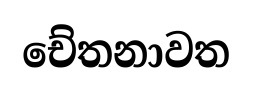
චේතනාවත